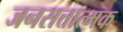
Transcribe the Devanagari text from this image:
जनसत्तात्मक